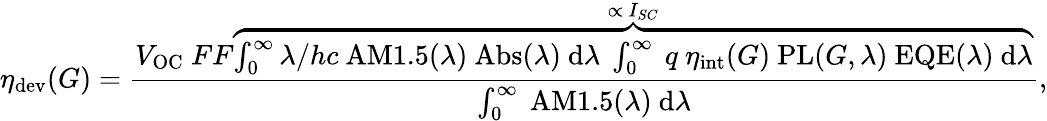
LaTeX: \eta_{\mathrm{dev}}(G)=\frac{V_{\mathrm{OC}}\ FF\overbrace{\int_{0}^{\infty}\lambda/hc\ \mathrm{AM1.5}(\lambda)\ \mathrm{Abs}(\lambda)\ \mathrm{d}\lambda\ \int_{0}^{\infty}\ q\ \eta_{\mathrm{int}}(G)\ \mathrm{PL}(G,\lambda)\ \mathrm{EQE}(\lambda)\ \mathrm{d}\lambda}^{\propto\ I_{SC}}}{\int_{0}^{\infty}\ \mathrm{AM1.5}(\lambda)\ \mathrm{d}\lambda},